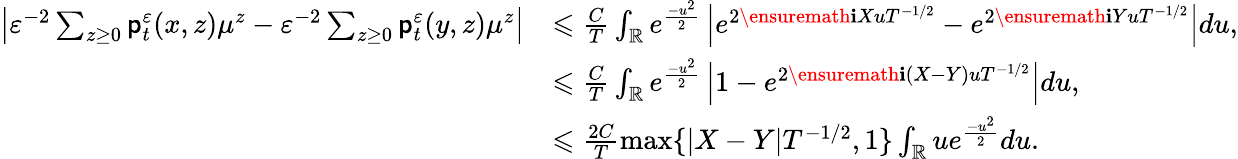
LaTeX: \begin{array}{rl}{\left\vert\varepsilon^{-2}\sum_{z\ge 0}\mathsf{p}_{t}^{\varepsilon}(x,z)\mu^{z}-\varepsilon^{-2}\sum_{z\ge 0}\mathsf{p}_{t}^{\varepsilon}(y,z)\mu^{z}\right\vert}&{\leqslant\frac{C}{T}\int_{\mathbb R}e^{\frac{-u^{2}}{2}}\left\vert e^{2\ensuremath{\mathbf{i}}XuT^{-1/2}}-e^{2\ensuremath{\mathbf{i}}YuT^{-1/2}}\right\vert du,}\\ &{\leqslant\frac{C}{T}\int_{\mathbb R}e^{\frac{-u^{2}}{2}}\left\vert 1-e^{2\ensuremath{\mathbf{i}}(X-Y)uT^{-1/2}}\right\vert du,}\\ &{\leqslant\frac{2C}{T}\operatorname*{max}\lbrace\vert X-Y\vert T^{-1/2},1\rbrace\int_{\mathbb R}ue^{\frac{-u^{2}}{2}}du.}\end{array}